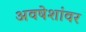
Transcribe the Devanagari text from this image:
अवषेशांवर